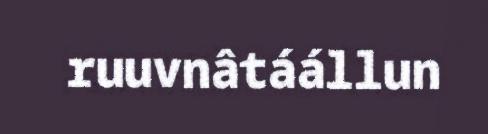
ruuvnâtáállun